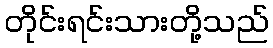
တိုင်းရင်းသားတို့သည်